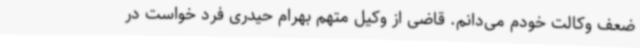
ضعف وکالت خودم می‌دانم. قاضی از وکیل متهم بهرام حیدری فرد خواست در